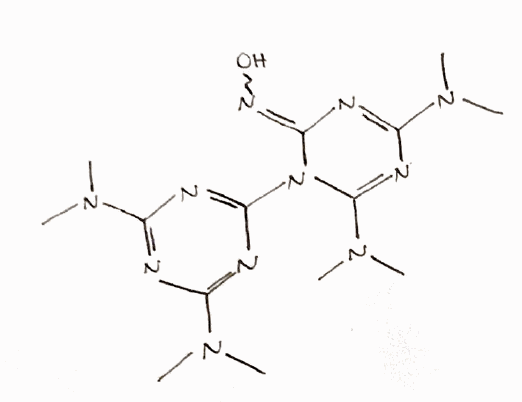
Simplified molecular-input line-entry system (SMILES) notation of the given molecule:
CN(C)C1=NC(=NC(=N1)N\2C(=NC(=N/C2=N/O)N(C)C)N(C)C)N(C)C